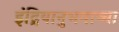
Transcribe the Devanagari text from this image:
इंद्रियानुभवाच्या